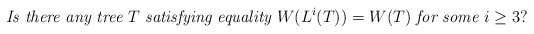
\begin{align*}\mbox{\it Is there any tree } T \mbox{ \it satisfying equality } W(L^i(T))=W(T)\mbox{ \it for some } i\ge 3?\end{align*}